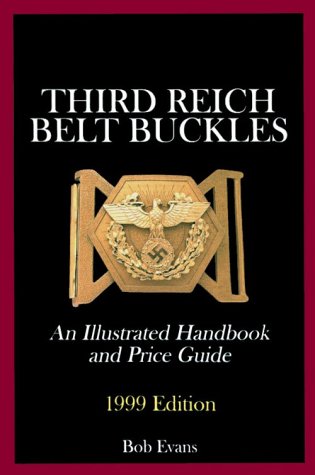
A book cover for Third Reich Belt Buckles: An Illustrated Handbook and Price Guide (Schiffer Military History); Bob Evans; Crafts, Hobbies & Home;